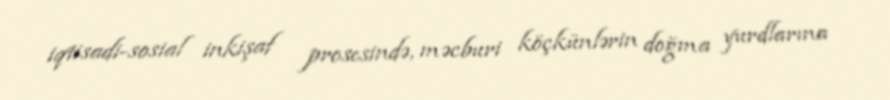
iqtisadi-sosial inkişaf prosesində, məcburi köçkünlərin doğma yurdlarına